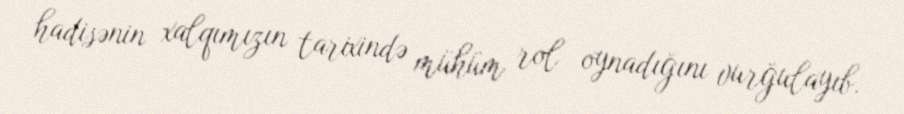
hadisənin xalqımızın tarixində mühüm rol oynadığını vurğulayıb.